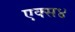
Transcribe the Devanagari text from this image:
एक्स४